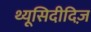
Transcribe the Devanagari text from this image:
थ्यूसिदीदिज़